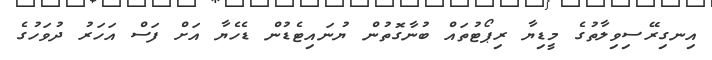
އިނގިރޭސިވިލާތުގެ މީޑިޔާ ރިޕޯޓުތައް ބުނާގޮތުން ޔުނައިޓެޑުން ޑެހެޔާ އަށް ފަސް އަހަރު ދުވަހުގެ